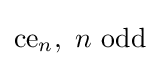
{\text{ce}}_{n},\ n{\text{ odd}}